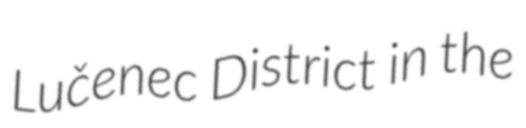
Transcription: Lučenec District in the